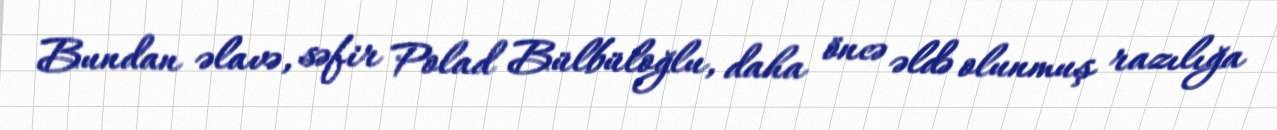
Bundan əlavə, səfir Polad Bülbüloğlu, daha öncə əldə olunmuş razılığa